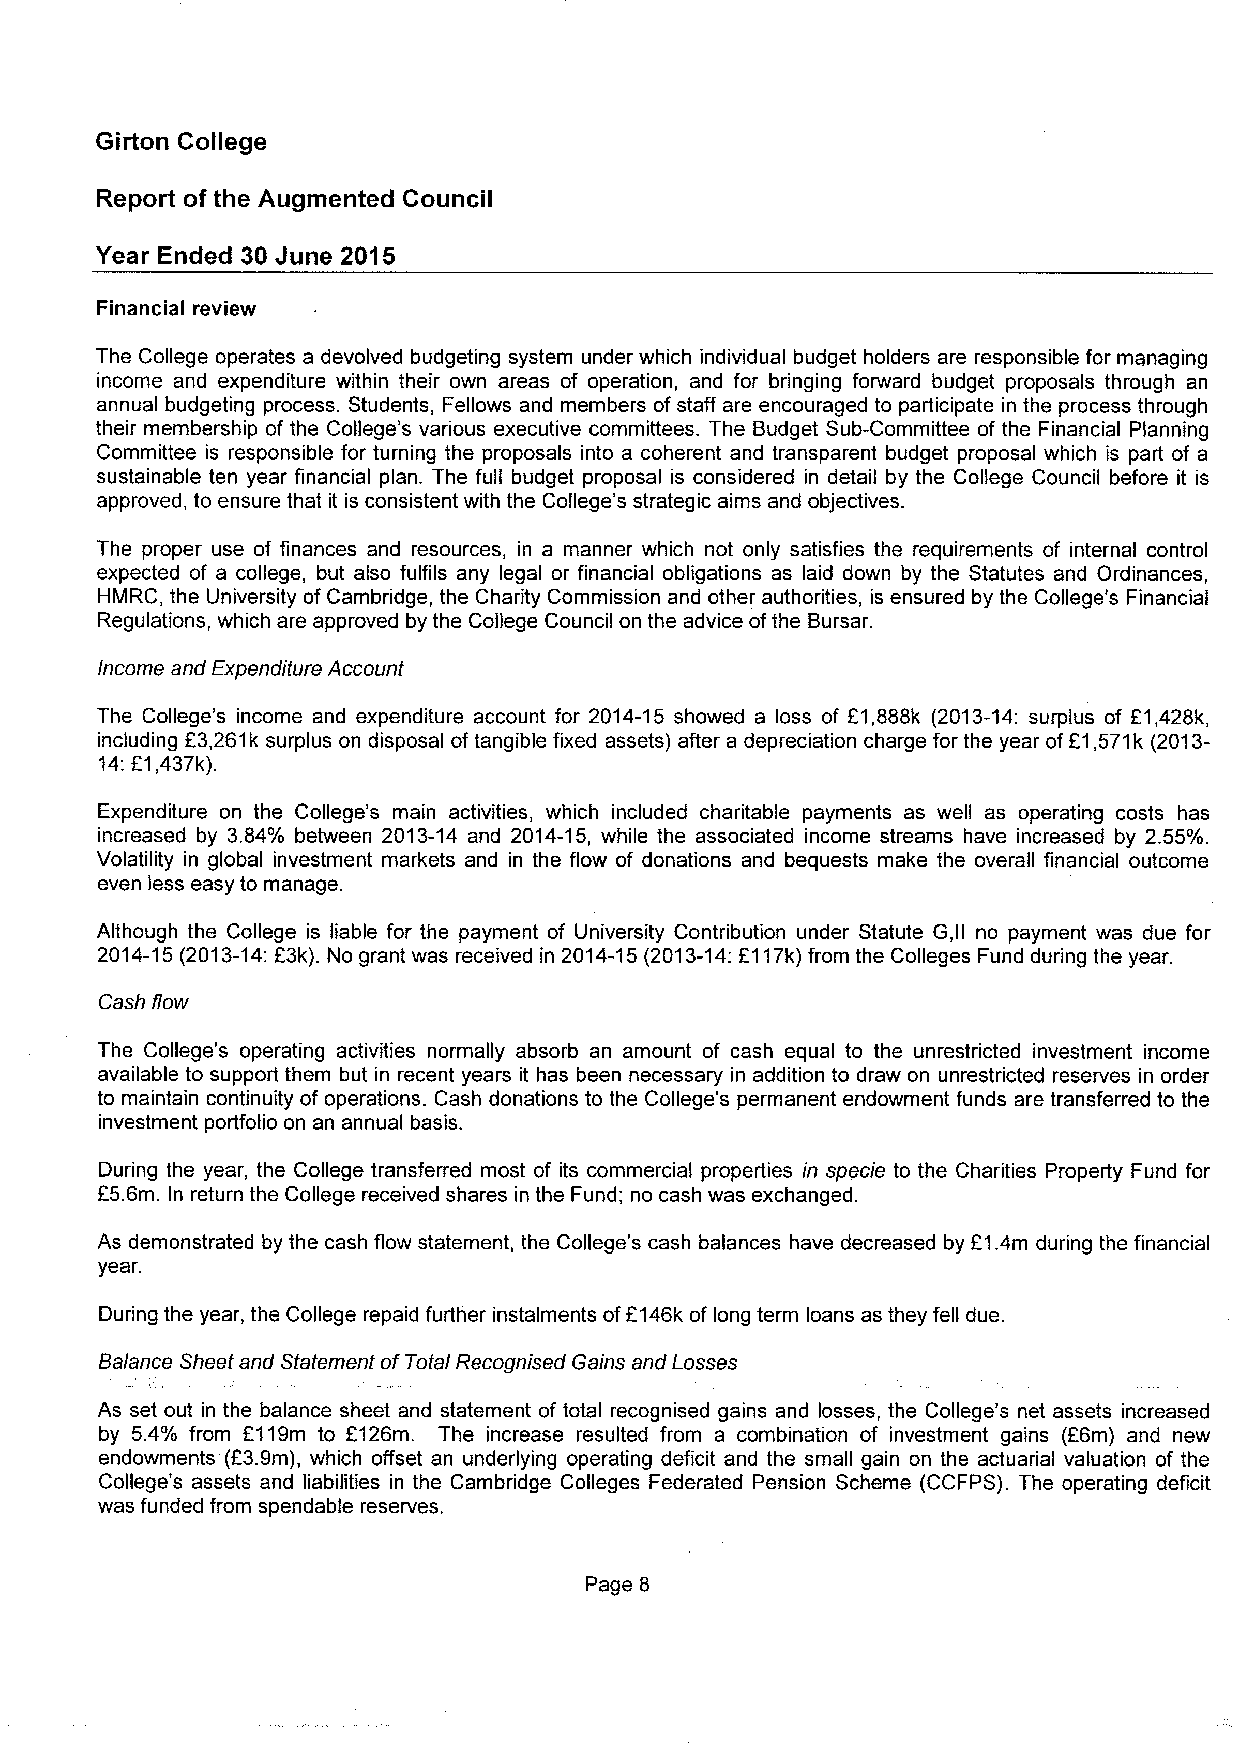
Girton College
 Report of the Augmented Council
 Year Ended 30 June 2015
 Financial review
 The College operates a devolved budgeting system under which individual budget holders are responsible for managing
 income and expenditure within their own areas of operation, and for bringing forward budget proposals through an
 annual budgeting process. Students, Fellows and members of staff are encouraged to participate in the process through
 their membership of the College's various executive committees. The Budget Sub-Committee of the Financial Planning
 Committee is responsible for turning the proposals into a coherent and transparent budget proposal which is part of a
 sustainable ten year financial plan. The full budget proposal is considered in detail by the College Council before it is
 approved, to ensure that it is consistent with the College's strategic aims and objectives.
 The proper use of finances and resources, in a manner which not only satisfies the requirements of internal control
 expected of a college, but also fulfils any legal or financial obligations as laid down by the Statutes and Ordinances,
 HMRC, the University of Cambridge, the Charity Commission and other authorities, is ensured by the College's Financial
 Regulations, which are approved by the College Council on the advice ofthe Bursar.
 Income and Expenditure Account
 The College's income and expenditure account for 2014-15 showed a loss of E1,888k (2013-14:surplus of E1,428k,
 including E3,261k surplus on disposal of tangible fixed assets) after a depreciation charge for the year ofE1,571k (2013-
 14:E1,437k).
 Expenditure on the College's main activities, which included charitable payments as well as operating costs has
 increased by 3.84% between 2013-14 and 2014-15, while the associated income streams have increased by 2.55%.
 Volatility in global investment markets and in the flow of donations and bequests make the overall financial outcome
 even less easy to manage.
 Although the College is liable for the payment of University Contribution under Statute G,ll no payment was due for
 2014-15(2013-14:23k). No grant was received in 2014-15(2013-14:E117k)from the Colleges Fund during the year.
 Cash flow
 The College's operating activities normally absorb an amount of cash equal to the unrestricted investment income
 available to support them but in recent years it has been necessary in addition to draw on unrestricted reserves in order
 to maintain continuity of operations. Cash donations to the College's permanent endowment funds are transferred to the
 investment portfolio on an annual basis.
 During the year, the College transferred most of its commercial properties in specie to the Charities Property Fund for
 E5.6m. In return the College received shares in the Fund; no cash was exchanged.
 As demonstrated by the cash flow statement, the College's cash balances have decreased by F1.4m during the financial
 year.
 During the year, the College repaid further instalrnents off146k of long term loans as they fell due.
 Balance Sheet and Statement ofTotal Recognised Gains and Losses
 As set out in the balance sheet and statement of total recognised gains and losses, the College's net assets increased
 by 5.4% from 2119m to E126m. The increase resulted from a combination of investment gains (f6m) and new
 endowments (F3.9m), which offset an underlying operating deficit and the small gain on the actuarial valuation of the
 College's assets and liabilities in the Cambridge Colleges Federated Pension Scheme (CCFPS). The operating deficit
 was funded from spendable reserves.
 Page 8